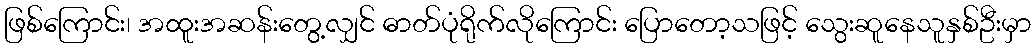
ဖြစ်ကြောင်း၊ အထူးအဆန်းတွေ့လျှင် ဓာတ်ပုံရိုက်လိုကြောင်း ပြောတော့သဖြင့် သွေးဆူနေသူနှစ်ဦးမှာ